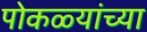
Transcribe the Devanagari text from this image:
पोकळ्यांच्या